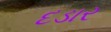
દડાર